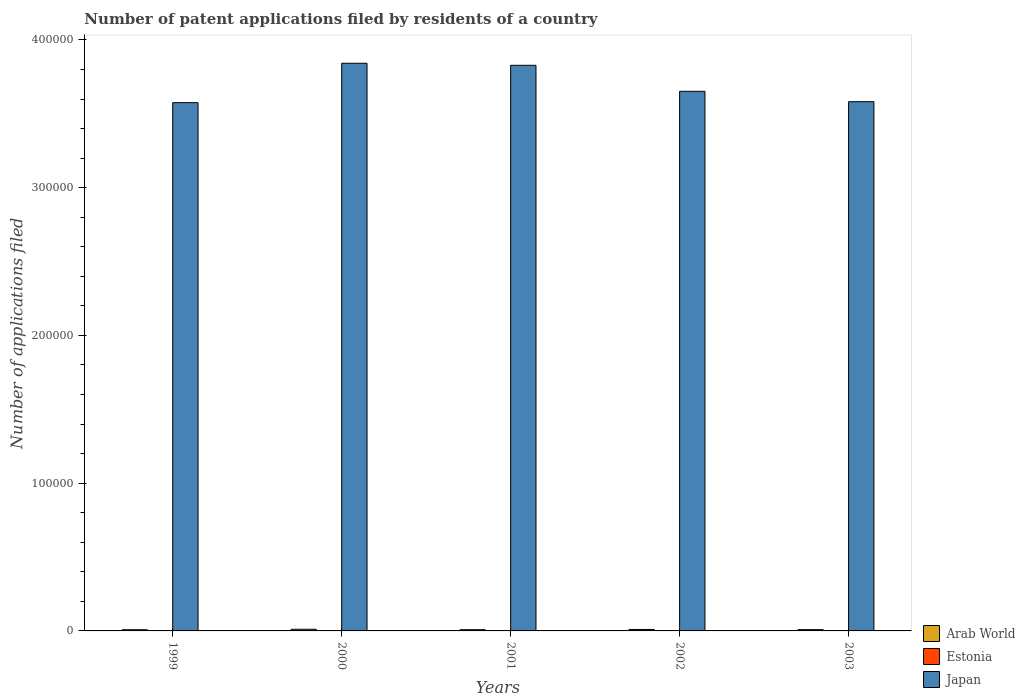
| Years | Arab World | Estonia | Japan |
 | --- | --- | --- | --- |
 | 1999 | 809 | 13 | 3.58e+05 |
 | 2000 | 1.12e+03 | 13 | 3.84e+05 |
 | 2001 | 831 | 18 | 3.83e+05 |
 | 2002 | 991 | 19 | 3.65e+05 |
 | 2003 | 874 | 18 | 3.58e+05 |